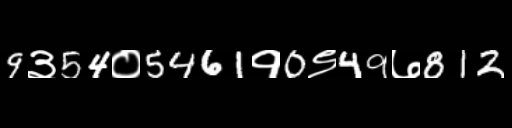
Text: 9३54०5461१0९49७812